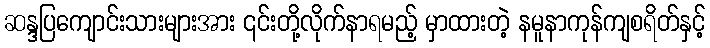
ဆန္ဒပြကျောင်းသားများအား ၎င်းတို့လိုက်နာရမည့် မှာထားတဲ့ နမူနာကုန်ကျစရိတ်နှင့်